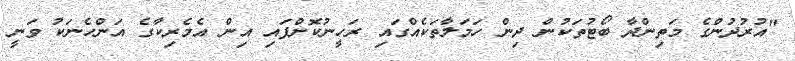
"އުރުދުންގެ މަތިންދާ ބޯޓުތަކުން ދިން ހަމަލާތަކެއްގައި ރަހީނުކޮށްފައި އިން އެމެރިކާގެ އަންހެނަކު ވަނީ